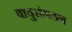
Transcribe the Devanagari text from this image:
वायुसंगठन